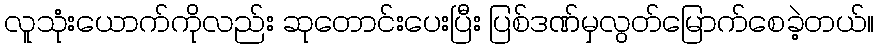
လူသုံးယောက်ကိုလည်း ဆုတောင်းပေးပြီး ပြစ်ဒဏ်မှလွတ်မြောက်စေခဲ့တယ်။